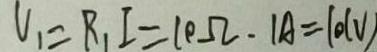
V _ { 1 } = R _ { 1 } I = 1 0 \Omega . 1 A = 1 0 ( V )